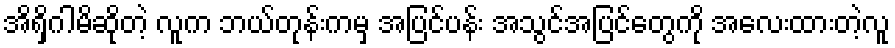
အိရှိဂါမိဆိုတဲ့ လူက ဘယ်တုန်းကမှ အပြင်ပန်း အသွင်အပြင်တွေကို အလေးထားတဲ့လူ